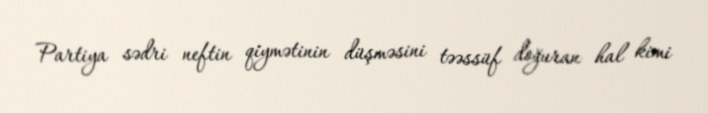
Partiya sədri neftin qiymətinin düşməsini təəssüf doğuran hal kimi